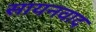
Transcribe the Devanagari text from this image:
सायनवाद